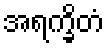
အရက္ခိတံ